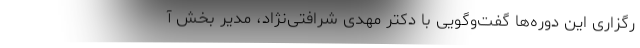
رگزاری این دوره‌ها گفت‌وگویی با دکتر مهدی شرافتی‌نژاد، مدیر بخش آ